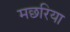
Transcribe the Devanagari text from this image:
मछरिया